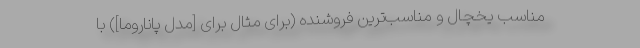
مناسب یخچال و مناسب‌ترین فروشنده (برای مثال برای [مدل پاناروما]) با